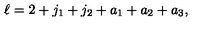
\ell = 2 + j _ { 1 } + j _ { 2 } + a _ { 1 } + a _ { 2 } + a _ { 3 } ,